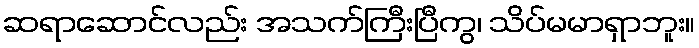
ဆရာဆောင်လည်း အသက်ကြီးပြီကွ၊ သိပ်မမာရှာဘူး။